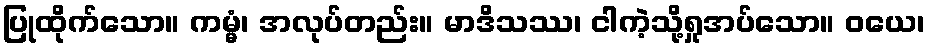
ပြုထိုက်သော။ ကမ္မံ၊ အလုပ်တည်း။ မာဒိသဿ၊ ငါကဲ့သို့ရှုအပ်သော။ ဝယေ၊